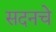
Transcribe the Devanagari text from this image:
सदनचे